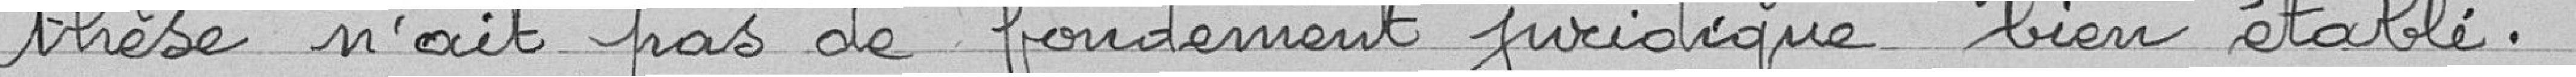
thèse n'ait pas de fondement juridique bien établi.